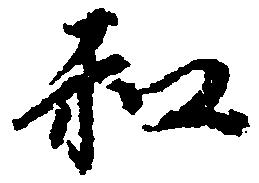
和